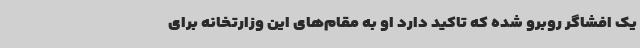
یک افشاگر روبرو شده که تاکید دارد او به مقام‌های این وزارتخانه برای